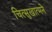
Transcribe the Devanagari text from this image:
चित्सुखात्मने